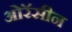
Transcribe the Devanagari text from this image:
ओरॅसीन